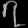
Digit: ၇